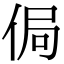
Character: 侷